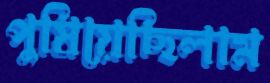
পুষিয়েছিলাম